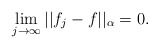
\begin{align*}\lim_{j\rightarrow \infty} || f_j - f ||_{\alpha } = 0.\end{align*}